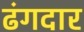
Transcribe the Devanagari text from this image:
ढंगदार